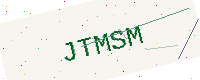
Text: JTMSM